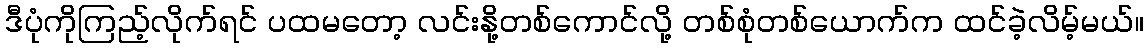
ဒီပုံကိုကြည့်လိုက်ရင် ပထမတော့ လင်းနို့တစ်ကောင်လို့ တစ်စုံတစ်ယောက်က ထင်ခဲ့လိမ့်မယ်။